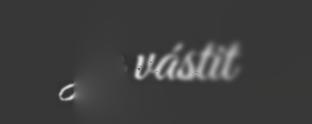
ja vástit